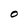
Character: O